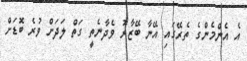
އެ އެންމެންގެ ތެރޭގައި އޭނާ ބޭޒާރު ވެދާނެތީ ގަތް ލަދަށް ވުރެ ބޮޑަށް